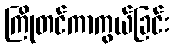
ကြိုတင်ကာကွယ်ခြင်း